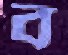
ব